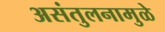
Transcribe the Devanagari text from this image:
असंतुलनामुळे